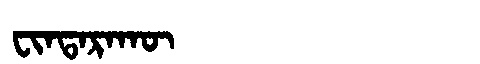
Manchu: ᠸᡳᠨᡨᠠᡵᠠᡴᡡ
Romanization: FINTARAKŪ